Annual report of lunatic asylums [Bombay] - 1912-1922
Year: 1912
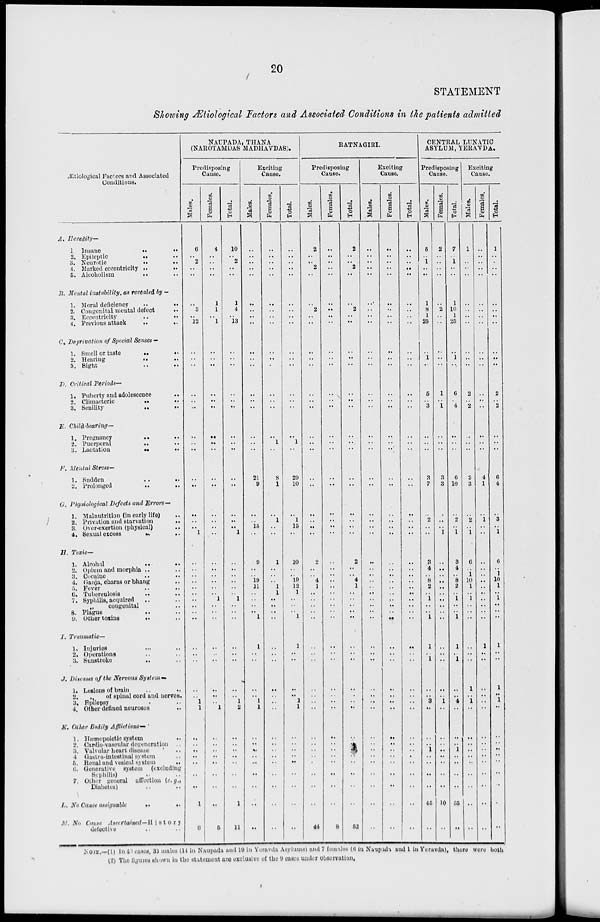
20
STATEMENT
Showing Ætiological Factors and Associated Conditions in the patients admitted
Ætiological Factors and Associated
Conditions.
A. Heredity—
1 Insane
..
..
2. Epileptic
..
..
3. Neurotic
..
..
4. Marked eccentricity
..
..
5. Alcoholism .. ..
B. Mental instability, as revealed by —
1. Moral deficiency
..
..
2. Congenital mental defect ..
3. Eccentricity .. ..
4. Previous attack
..
..
C. Deprivation of Special Senses—
1. Smell or
taste
..
..
2. Hearing
..
..
3. Sight .. ..
D. Critical Periods—
1. Puberty and adolescence ..
2. Climacteric
..
3. Senility
..
..
E. Child-bearing—
1. Pregnancy
..
..
2. Puerperal
..
..
3. Lactation
..
..
F. Mental Stress—
1. Sudden .. ..
2. Prolonged
..
..
G. Physiological Defects and Errors—
1. Malnutrition (in early life) ..
2. Privation and starvation
..
3. Over-exertion (physical) ..
4. Sexual excess
..
..
H. Toxic—
1. Alcohol
..
..
2. Opium and morphia .. ..
3. Cocaine .. ..
4. Ganja, charas or bhang ..
5. Fever .. ..
6. Tuberculosis .. ..
7. Syphilis, aequired .. ..
„
cougenital ..
8. Plague .. ..
9. other toxins
..
..
I. Traumatic—
1. Injuries .. ..
2. Operations .. ..
3.
Sunstroke .. ..
J. Diseases of the Nervous System—
1. Lesions of brain .. ..
2.
„
of spinal cord and nerves.
3. Epilepsy .. ..
4. Other defined neuroses ..
K. Other Bodily Afflictions—
1. Hæmopoietic system ..
2. Cardio-vascular degeneration ..
3. Valvular heart disease .. ..
4 Gastro-intestinal system ..
5. Renal and vesical system
..
6. Generative system
(excluding
Syphilis) .. ..
7. Other general affection (e.g.,
Diabetes) .. ..
L. No Cause assignable
..
..
M. No Cause
Ascertained—History
detective .. ..
NAUPADA, THANA
(NAROTAMDAS MADHAVDAS).
Predisposing
Cause.
Males.
6
..
2
..
..
..
3
..
12
..
..
..
..
..
..
..
..
..
..
..
..
..
..
1
..
..
..
..
..
..
..
..
..
..
..
..
..
..
..
1
1
..
..
..
..
..
..
..
1
6
Females.
4
..
..
..
..
1
1
..
1
..
..
..
..
..
..
..
..
..
..
..
..
..
..
..
..
..
..
..
..
..
1
..
..
..
..
..
..
..
..
..
1
..
..
..
..
..
..
..
..
5
Total.
10
..
2
..
..
1
4
..
13
..
..
..
..
..
..
..
..
..
..
..
..
..
..
1
..
..
..
..
..
..
1
..
..
..
..
..
..
..
..
1
2
..
..
..
..
..
..
..
1
11
Exciting
Cause.
Males.
..
..
..
..
..
..
..
..
..
..
..
..
..
..
..
..
..
..
21
9
..
..
15
..
9
..
..
10
11
..
..
..
..
1
1
..
..
..
..
1
1
..
..
..
..
..
..
..
..
..
Females.
..
..
..
..
..
..
..
..
..
..
..
..
..
..
..
..
1
..
8
1
..
1
..
..
1
..
..
..
1
1
..
..
..
..
..
..
..
..
..
..
..
..
..
..
..
..
..
..
..
..
Total.
..
..
..
..
..
..
..
..
..
..
..
..
..
..
..
..
1
..
29
10
..
1
15
..
10
..
..
10
12
1
..
..
..
1
1
..
..
..
..
1
1
..
..
..
..
..
..
..
..
..
RATNAGIRI.
Predisposing
Cause.
Males.
2
..
..
2
..
..
2
..
..
..
..
..
..
..
..
..
..
..
..
..
..
..
..
..
2
..
..
4
1
..
..
..
..
..
..
..
..
..
..
..
..
..
..
..
..
..
..
..
..
44
Females.
..
..
..
..
..
..
..
..
..
..
..
..
..
..
..
..
..
..
..
..
..
..
..
..
..
..
..
..
..
..
..
..
..
..
..
..
..
..
..
..
..
..
..
..
..
..
..
..
8
Total.
2
..
..
2
..
..
2
..
..
..
..
..
..
..
..
..
...
..
..
..
..
..
..
..
2
..
..
4
1
..
..
..
..
..
..
..
..
..
..
..
..
..
..
..
..
..
..
..
..
52
Exciting
Cause.
Males.
..
..
..
..
..
..
..
..
..
..
..
..
..
..
..
..
..
..
..
..
..
..
..
..
..
..
..
..
..
..
..
..
..
..
..
..
..
..
..
..
..
..
..
..
..
..
..
..
..
..
Females.
..
..
..
..
..
..
..
..
..
..
..
..
..
..
..
..
..
..
..
..
..
..
..
..
..
..
..
..
..
..
..
..
..
..
..
..
..
..
..
..
..
..
..
..
..
..
..
..
..
..
Total.
..
..
..
..
..
..
..
..
..
..
..
..
..
..
..
..
..
..
..
..
..
..
..
..
..
..
..
..
..
..
..
..
..
..
..
..
..
..
..
..
..
..
..
..
..
..
..
..
..
..
CENTRAL LUNATIC
ASYLUM, YERAVDA.
Predisposing
Cause.
Males.
5
..
1
..
..
1
8
1
25
..
1
..
5
3
..
..
..
3
7
..
2
..
..
3
4
..
8
2
..
1
..
..
1
1
..
1
..
..
3
..
..
..
1
..
..
..
..
45
..
Females.
2
..
..
..
..
..
2
..
..
..
..
..
1
..
1
..
..
..
3
3
..
..
..
1
..
..
..
..
..
..
..
..
..
..
..
..
..
..
..
1
..
..
..
..
..
..
..
..
10
..
Total.
7
..
1
..
..
1
10
1
25
..
1
..
6
..
4
..
..
..
6
10
..
2
..
1
3
4
..
8
2
..
1
..
..
1
1
..
1
..
..
4
..
..
..
1
..
..
..
..
55
..
Exciting
Cause.
Males.
1
..
..
..
..
..
..
..
..
..
..
..
2
..
2
..
..
..
2
3
..
2
..
1
6
..
1
10
1
..
1
..
..
..
..
..
..
1
..
1
..
..
..
..
..
..
..
..
..
..
Females.
..
..
..
..
..
..
..
..
..
..
..
..
..
..
..
..
..
..
4
1
..
1
..
..
..
..
..
..
..
..
..
..
..
..
1
..
..
..
..
..
..
..
..
..
..
..
..
..
..
..
Total.
1
..
..
..
..
..
..
..
..
..
..
..
2
..
2
..
..
..
6
4
..
3
..
1
6
..
1
10
1
..
1
..
..
..
1
..
..
1
..
1
..
..
..
..
....
..
..
..
NOTE.—(1) In 40 cases, 33 males (14 in Naupada and 19 in Yeravda Asylums) and 7 females (6 in Naupada and 1 in Yeravda), there were both
(2) The figures shown in the statement are exclusive of the 9 cases under observation.